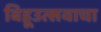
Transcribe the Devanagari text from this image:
बिहूउत्सवाचा